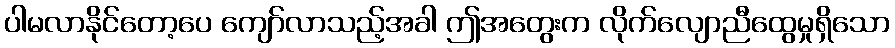
ပါမလာနိုင်တော့ပေ ကျော်လာသည့်အခါ ဤအတွေးက လိုက်လျောညီထွေမှုရှိသော